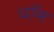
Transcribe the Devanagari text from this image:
धॉम